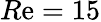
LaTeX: R\mathrm{e}=15